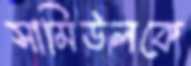
সামিউলকে